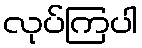
လုပ်ကြပါ